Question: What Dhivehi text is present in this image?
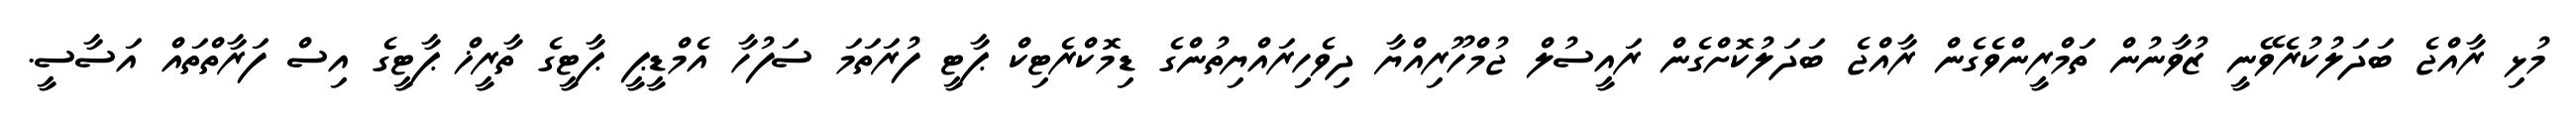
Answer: މުޅި ރާއްޖެ ބަދަލުކުރެވޭނީ ޒުވާނުން ތަމްރީންވެގެން ރާއްޖެ ބަދަލުކޮށްގެން ރައީސުލް ޖުމްހޫރިއްޔާ ދިވެހިރައްޔިތުންގެ ޑިމޮކްރެޓިކް ޕާޓީ ފުރަތަމަ ސަފުހާ އެމްޑީޕީ ޕާޓީގެ ތާރީޚް ޕާޓީގެ އިސް ފަރާތްތައް އަސާސީ.